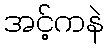
အင့်ကနဲ